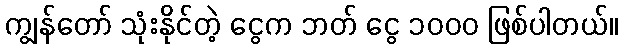
ကျွန်တော် သုံးနိုင်တဲ့ ငွေက ဘတ် ငွေ ၁၀၀၀ ဖြစ်ပါတယ်။